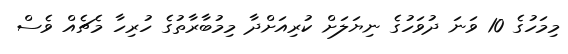
މިމަހުގެ 10 ވަނަ ދުވަހުގެ ނިޔަލަށް ކުރިއަށްދާ މިމުބާރާތުގެ ހުރިހާ މެޗެއް ވެސް